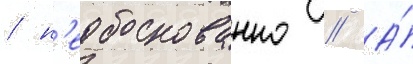
/ н'еобоснованно // А́